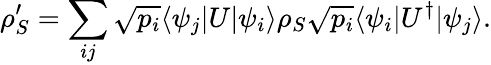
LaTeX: \rho_{S}^{\prime}=\sum_{ij}{\sqrt{p_{i}}}\langle\psi_{j}|U|\psi_{i}\rangle\rho_{S}{\sqrt{p_{i}}}\langle\psi_{i}|U^{\dagger}|\psi_{j}\rangle.